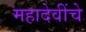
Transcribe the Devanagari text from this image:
महादेवींचे